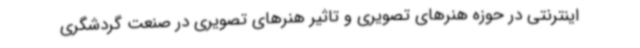
اینترنتی در حوزه هنرهای تصویری و تاثیر هنرهای تصویری در صنعت گردشگری